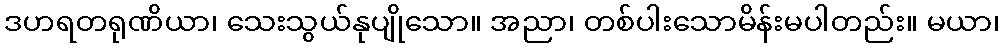
ဒဟရတရုဏိယာ၊ သေးသွယ်နုပျိုသော။ အညာ၊ တစ်ပါးသောမိန်းမပါတည်း။ မယာ၊